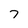
Character: 7